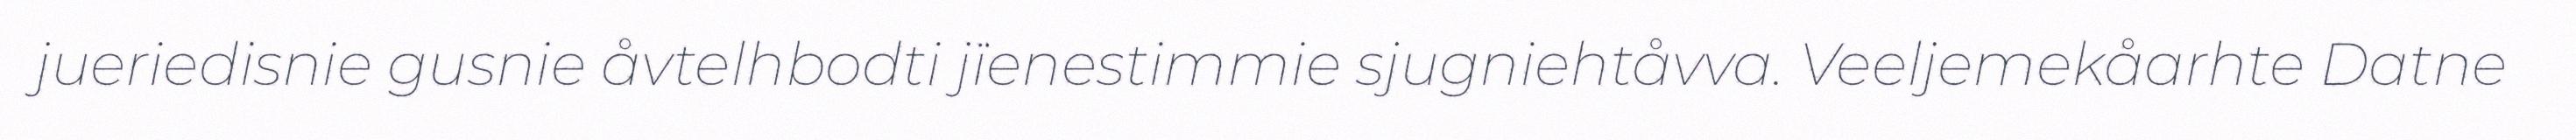
jueriedisnie gusnie åvtelhbodti jïenestimmie sjugniehtåvva. Veeljemekåarhte Datne